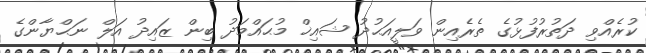
ކުރެއްވި ދަތުރުފުޅުގެ ތެރެއިން ވަލީއަޙުދު ޝައިޚް މުޙައްމަދު ބިން ޒައިދު އަލް ނަޙްޔާންގެ